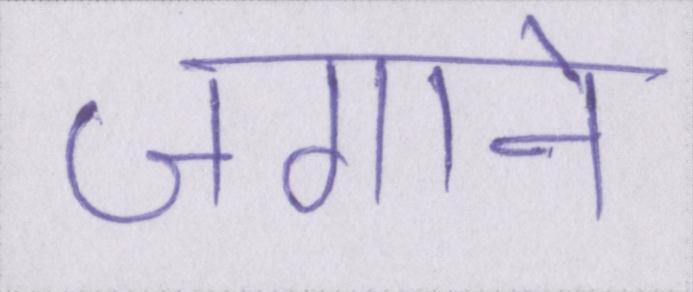
जगाने